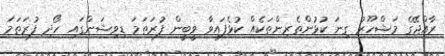
ރާއްޖޭގެ މަޝްހޫރު ގިނަ ކުޅުންތެރިންތަކެއް ކުޅެފައިވާ ވީބީން ފުރަތަމަ ޑިވިޝަންގައި ހޯދި ފުރަތަމަ